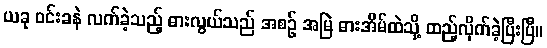
ယခု ဝင်းခနဲ လက်ခဲ့သည့် ဓားလွယ်သည် အစဉ် အမြဲ ဓားအိမ်ထဲသို့ ထည့်လိုက်ခဲ့ပြီးပြီ။